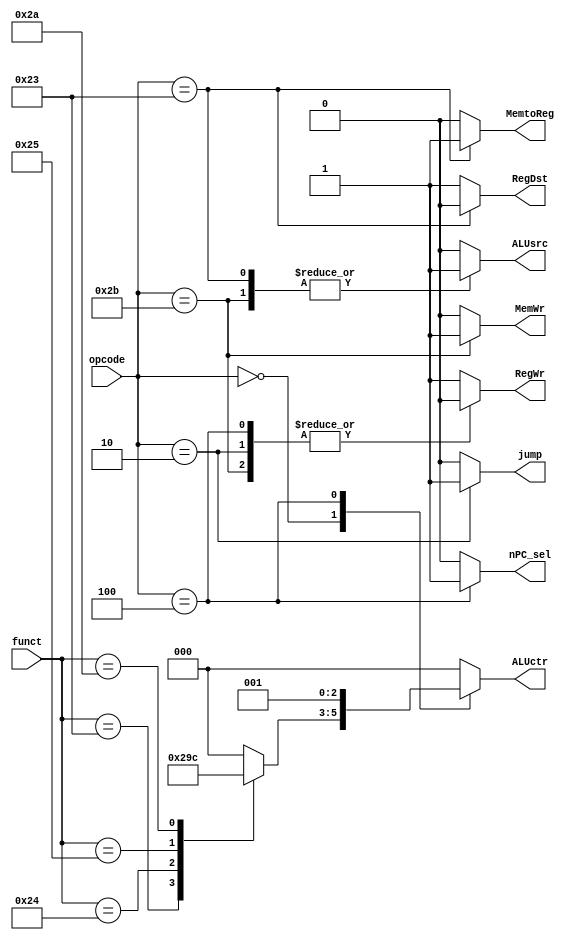
module Control(
input [5:0] opcode,
input [5:0] funct,
output reg ALUsrc,
output reg [2:0] ALUctr,
output reg MemWr,
output reg MemtoReg,
output reg RegDst,
output reg RegWr,
output reg nPC_sel,
output reg jump
);
initial
begin
	MemWr <= 0;
end
//MemtoReg
always @ (*)
begin
	case(opcode)
		6'b100011: MemtoReg = 1;
		default: MemtoReg = 0;
	endcase
end
//RegWr
always @ (*)
begin
	case(opcode)
		6'b101011, 6'b000010, 6'b000100: RegWr = 0;  //sw, j, beq
		default: RegWr = 1;
	endcase
end
// RegDst
always @ (*)
begin
	case(opcode)
		6'b100011: RegDst = 0;   //lw
		default: RegDst = 1;
	endcase
end
// MemWr
always @ (*)
begin
	case(opcode)
		6'b101011: MemWr = 1;
		default: MemWr = 0;
	endcase
end
// ALUsrc
always @ (*)
begin
	case(opcode)
		6'b100011, 6'b101011: ALUsrc = 1;  // sw, lw
		default: ALUsrc = 0;
	endcase
end
// jump
always @ (*)
begin
	case(opcode)
		6'b000010: jump = 1;  // jump
		default: jump = 0;
	endcase
end
// nPC_sel
always @ (*)
begin
	case(opcode)
		6'b000100: nPC_sel = 1;  // beq
		default: nPC_sel = 0;
	endcase
end
// ALUctr
always @ (*)
begin
	case(opcode)
		6'b000000:   // R format
		begin
			case(funct)
				6'b100000: ALUctr = 3'b000;  // add
				6'b100011: ALUctr = 3'b001;  // sub
				6'b100100: ALUctr = 3'b010;  // and
				6'b100101: ALUctr = 3'b011;  // or
				6'b101010: ALUctr = 3'b100;  // slt
				default: ALUctr = 3'b000;
			endcase
		end
		6'b000100: ALUctr = 3'b001;  // beq
		6'b100011, 6'b101011: ALUctr = 3'b000;   //lw, sw
		default: ALUctr = 3'b000;
	endcase
end
		
endmodule